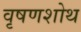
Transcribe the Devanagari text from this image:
वृषणशोथ